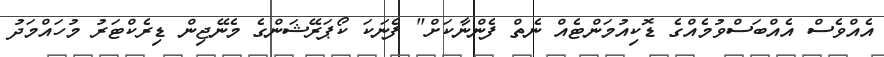
އެއްވެސް އެއްބަސްވުމެއްގެ ޑޮކިއުމަންޓެއް ނެތް ފެންނާކަށް" ފެނަކަ ކޯޕަރޭޝަންގެ މެނޭޖިން ޑިރެކްޓަރު މުހައްމަދު